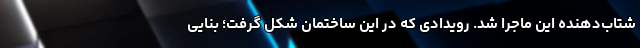
شتاب‌دهنده این ماجرا شد. رویدادی که در این ساختمان شکل گرفت؛ بنایی